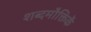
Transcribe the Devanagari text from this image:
शब्दमौक्तिकें